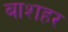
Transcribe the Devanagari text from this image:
बाशहर